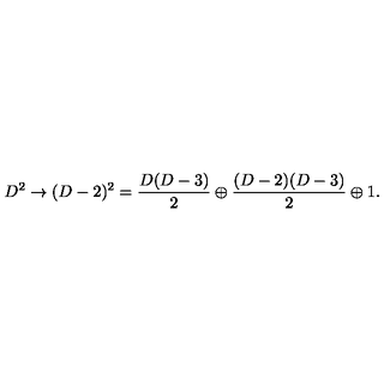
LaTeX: D ^ { 2 } \rightarrow ( D - 2 ) ^ { 2 } = { \frac { D ( D - 3 ) } { 2 } } \oplus { \frac { ( D - 2 ) ( D - 3 ) } { 2 } } \oplus 1 .